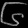
Digit: ၆